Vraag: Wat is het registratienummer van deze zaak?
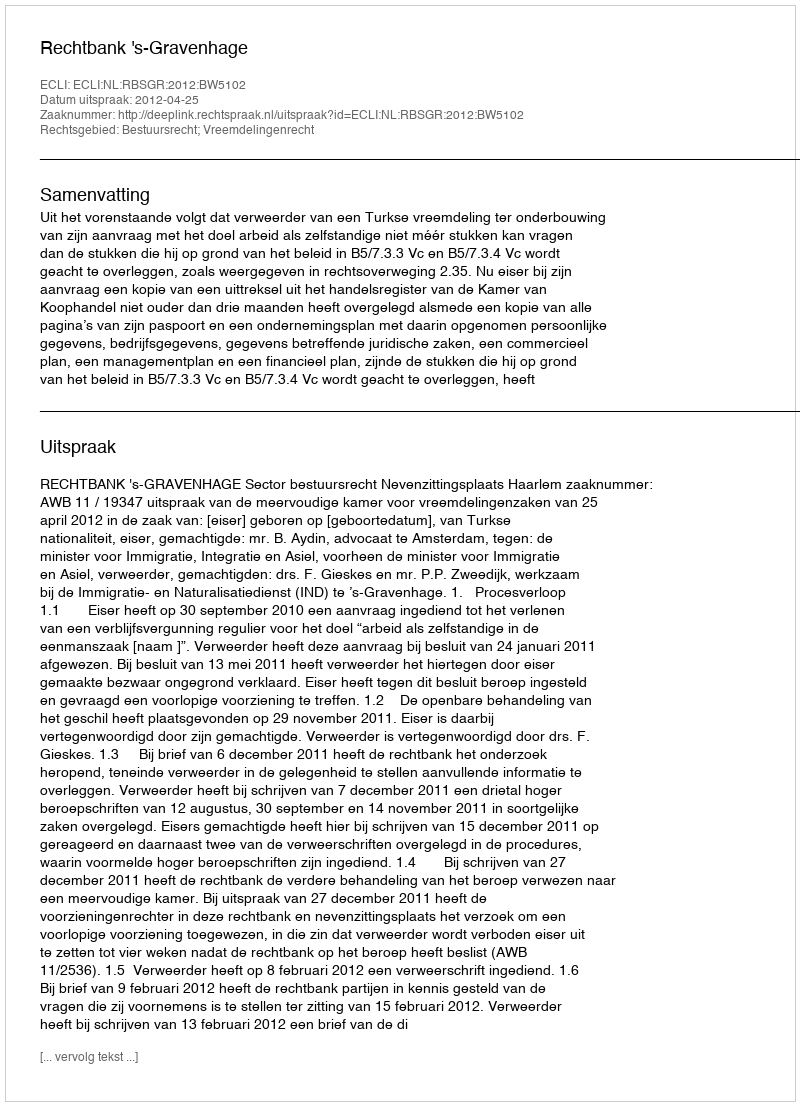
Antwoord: http://deeplink.rechtspraak.nl/uitspraak?id=ECLI:NL:RBSGR:2012:BW5102